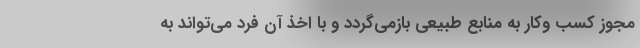
مجوز کسب وکار به منابع طبیعی بازمی‌گردد و با اخذ آن فرد می‌تواند به